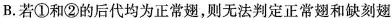
B.若①和②的后代均为正常翅，则无法判定正常翅和缺刻翅